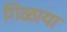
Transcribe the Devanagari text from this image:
गिळाया